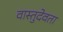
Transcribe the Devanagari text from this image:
वास्तुदेवता